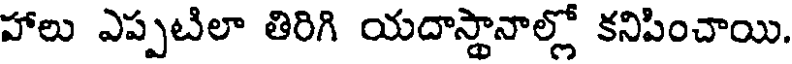
హాలు ఎప్పటిలా తిరిగి యదాస్థానాల్లో కనిపించాయి.